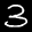
Label: 3